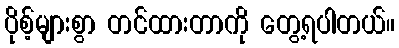
ပိုစ့်များစွာ တင်ထားတာကို တွေ့ရပါတယ်။